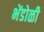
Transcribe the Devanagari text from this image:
भेंडोळी